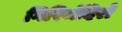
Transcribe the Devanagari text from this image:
गिरिमंदिरों